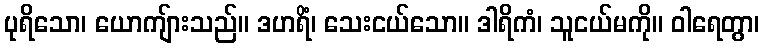
ပုရိသော၊ ယောကျ်ားသည်။ ဒဟရိံ၊ သေးငယ်သော။ ဒါရိကံ၊ သူငယ်မကို။ ဝါရေတွာ၊